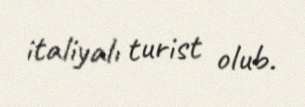
italiyalı turist olub.